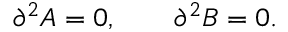
\partial ^ { 2 } A = 0 , \qquad \partial ^ { 2 } B = 0 .